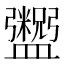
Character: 𬑂